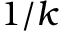
1 / k